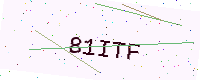
Text: 81ITF